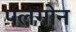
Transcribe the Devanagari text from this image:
पलगोन